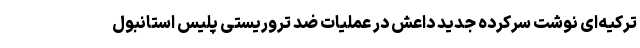
ترکیه‌ای نوشت سرکرده جدید داعش در عملیات ضد تروریستی پلیس استانبول